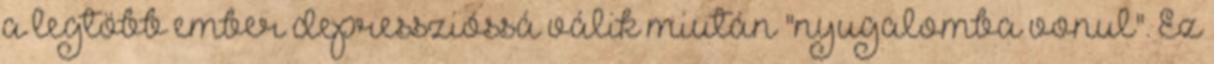
a legtöbb ember depresszióssá válik miután "nyugalomba vonul". Ez